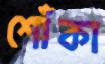
শোঁকা